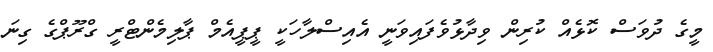
މީގެ ދުވަސް ކޮޅެއް ކުރިން ވިދާޅުވެފައިވަނީ އެއިސްލާހަކީ ޕީޕީއެމް ޕާލިމެންޓްރީ ގްރޫޕްގެ ގިނަ